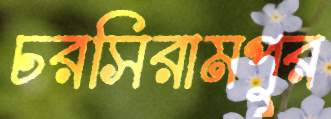
চরসিরামপুর